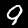
Digit: 9